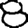
Digit: 8